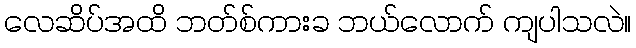
လေဆိပ်အထိ ဘတ်စ်ကားခ ဘယ်လောက် ကျပါသလဲ။